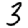
Digit: 3